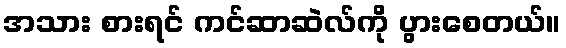
အသား စားရင် ကင်ဆာဆဲလ်ကို ပွားစေတယ်။